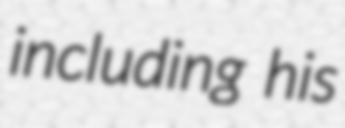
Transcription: including his